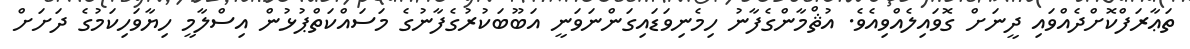
ތަޢާރަފްކޮށްދެއްވައި ދީނަށް ގޮވައިލެއްވިއެވެ. އުޘްމާންގެފާނު ހިމެނިވަޑައިގަންނަވަނީ އަބޫބަކުރުގެފާނުގެ މަސައްކަތްޕުޅުން އިސްލާމީ ހިޔާވަހިކަމުގެ ދަށަށް